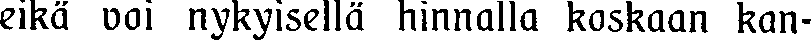
eikä voi nykyisellä hinnalla koskaan kan-